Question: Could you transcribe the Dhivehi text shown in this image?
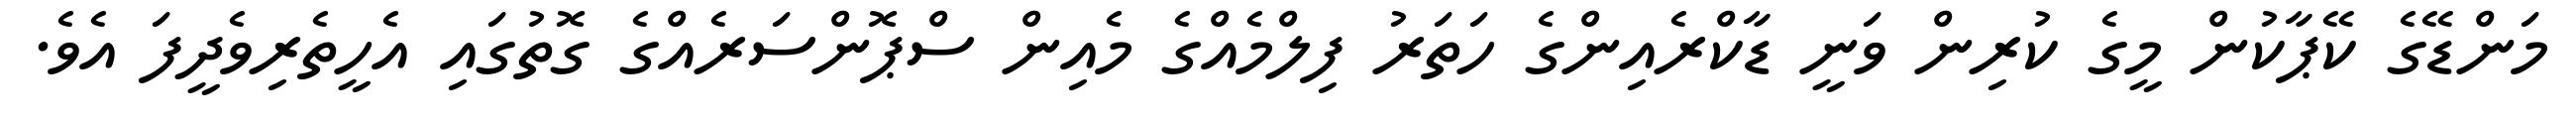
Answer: މަންޑޭގެ ކޭޕާކުން މީގެ ކުރިން ވަނީ ޑާކްރެއިންގެ ހަތަރު ފިލްމެއްގެ މެއިން ސްޕޮންސަރެއްގެ ގޮތުގައި އެހީތެރިވެދީފަ އެވެ.